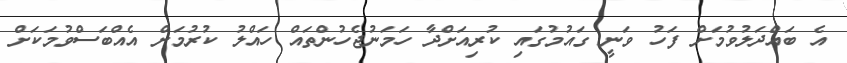
އެ ބައްދަލުވުމަށް ފަހު ވަނީ ގައުމުގައި ކުރިއަށްދާ ހަމަނުޖެހުންތައް ހައްލު ކުރުމަށް އެއްބަސްވުމަކަށް